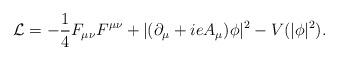
LaTeX: \begin{align*}{\cal L} = -\frac{1}{4} F_{\mu\nu}F^{\mu\nu} + | (\partial_{\mu}+ i e A_{\mu}) \phi |^2 - V(|\phi|^2).\end{align*}